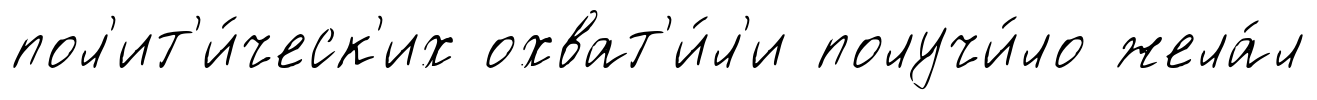
пол'ит'и́ческ'их охват'и́л'и получи́ло жела́л